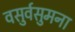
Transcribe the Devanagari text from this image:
वसुर्वसुमना